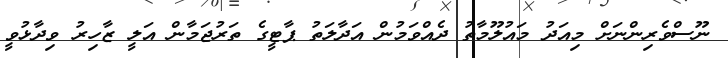
ނޫސްވެރިންނަށް މިއަދު މައުލޫމާތު ދެއްވަމުން އަދާލަތު ޕާޓީގެ ތަރުޖަމާން އަލީ ޒާހިރު ވިދާޅުވީ